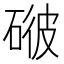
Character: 𥓳